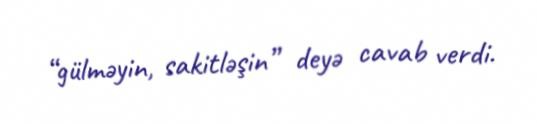
“gülməyin, sakitləşin” deyə cavab verdi.